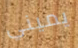
يميني